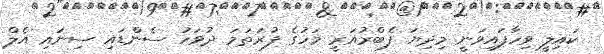
ކައިލީ ވިހާފައިވަނީ މިދިޔަ ފެބްރުއަރީ މަހުގެ ފުރަތަމަ ދުވަހު ސެންޑައި ސިނައި އެލް